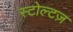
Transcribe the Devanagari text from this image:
स्टोल्टज़